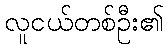
လူငယ်တစ်ဦး၏